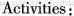
Activities: